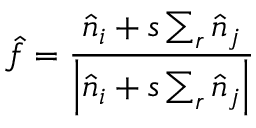
\hat { f } = \frac { \hat { n } _ { i } + s \sum _ { r } \hat { n } _ { j } } { \left| \hat { n } _ { i } + s \sum _ { r } \hat { n } _ { j } \right| }